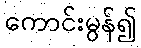
ကောင်းမွန်၍